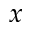
x